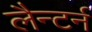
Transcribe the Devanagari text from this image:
लैन्टर्न